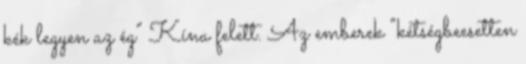
kék legyen az ég” Kína felett. Az emberek “kétségbeesetten